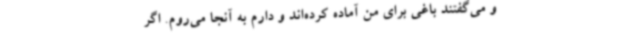
و می‌گفتند باغی برای من آماده کرده‌اند و دارم به آنجا می‌روم. اگر